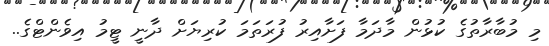
މި މުބާރާތުގެ ކުޅުން މާދަމާ ފަށާއިރު ފުރަތަމަ ކުރިޔަށް ދާނީ ޓީމު އިވެންޓްގެ..